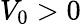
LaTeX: V_{\mathrm{0}}>0